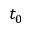
t _ { 0 }